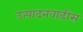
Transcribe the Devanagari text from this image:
उत्पादनवाढीस